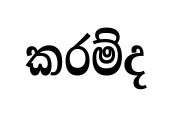
කරම්ද